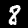
Digit: 8